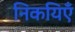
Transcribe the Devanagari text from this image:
निकयिएँ